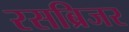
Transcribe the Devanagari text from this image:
रसब्रिजर